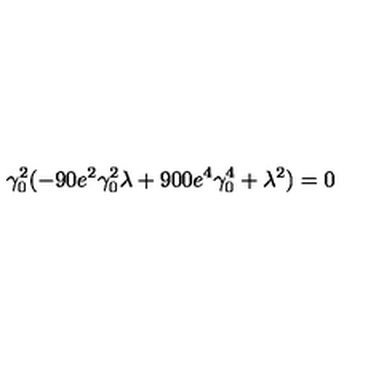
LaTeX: \gamma _ { 0 } ^ { 2 } ( - 9 0 e ^ { 2 } \gamma _ { 0 } ^ { 2 } \lambda + 9 0 0 e ^ { 4 } \gamma _ { 0 } ^ { 4 } + \lambda ^ { 2 } ) = 0